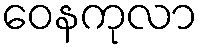
ဝေနကုလာ